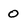
Character: 0